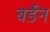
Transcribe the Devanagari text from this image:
बर्डेन